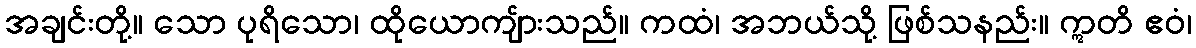
အချင်းတို့။ သော ပုရိသော၊ ထိုယောကျ်ားသည်။ ကထံ၊ အဘယ်သို့ ဖြစ်သနည်း။ ဣတိ ဧဝံ၊